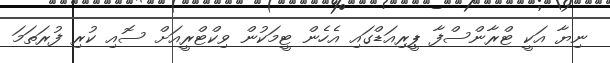
ނިޔާ އަކީ ޓްރާންސްފާ ޕީރިއަޑްގައި އެހެން ޓީމަކުން ވިކްޓްރީއަށް ސޮއި ކުރި ފުރަތަމަ